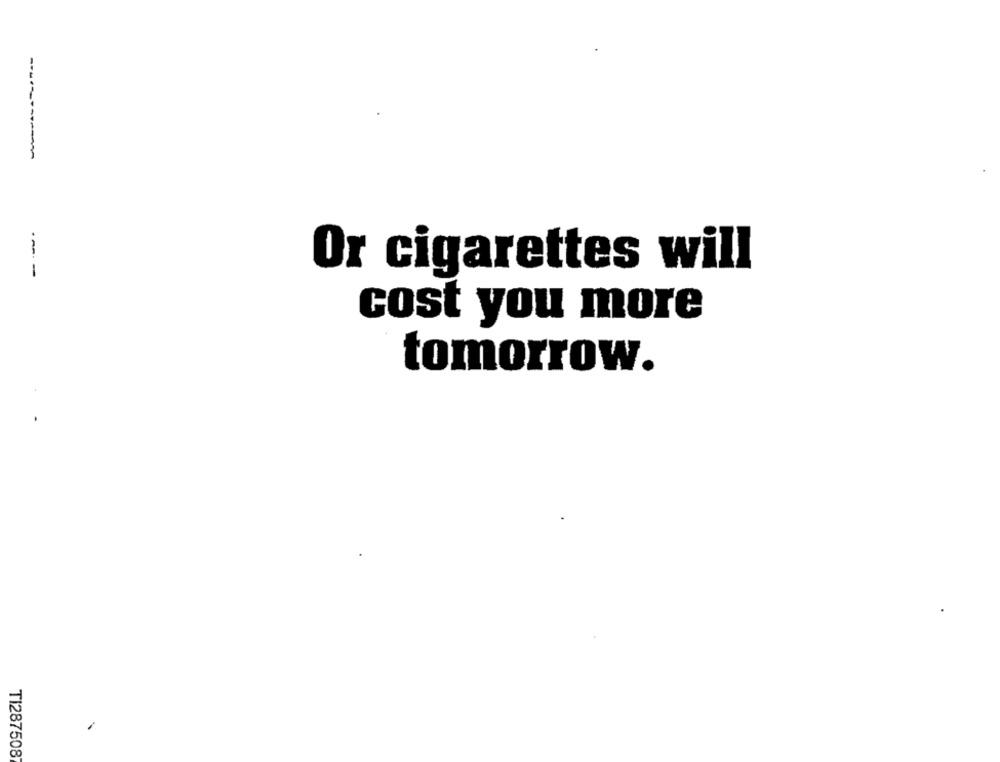
-----------
Or cigarettes will
cost you more
tomorrow.
TI287508